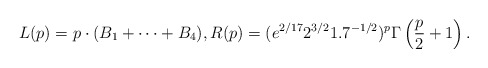
\begin{align*}L(p) = p\cdot(B_1+\dots+B_4), R(p) = (e^{2/17}2^{3/2}1.7^{-1/2})^p\Gamma\left(\frac{p}{2}+1\right).\end{align*}